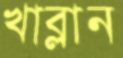
খাব্‌লান